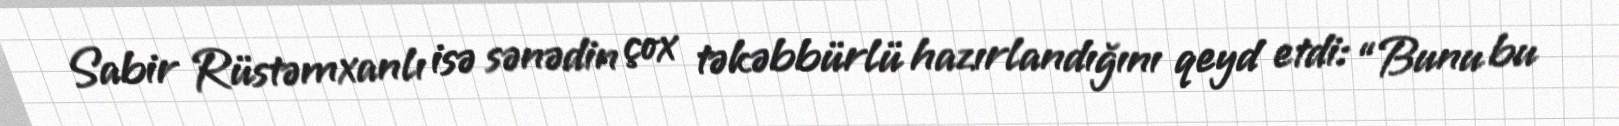
Sabir Rüstəmxanlı isə sənədin çox təkəbbürlü hazırlandığını qeyd etdi: “Bunu bu